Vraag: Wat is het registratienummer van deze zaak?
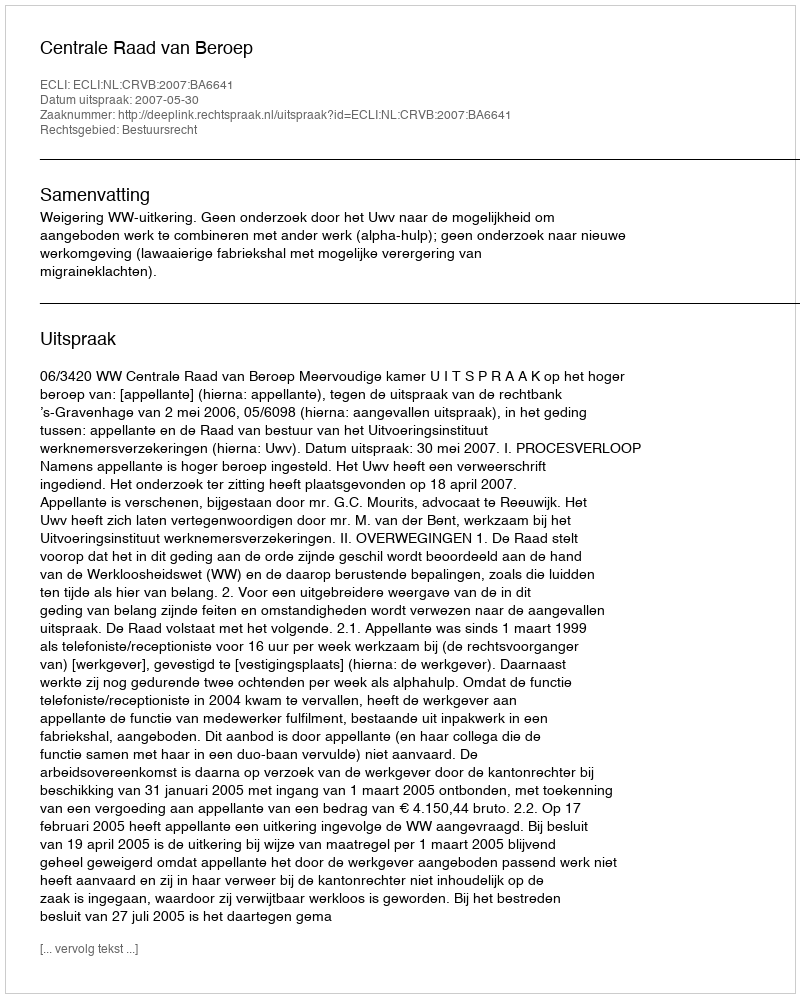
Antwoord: http://deeplink.rechtspraak.nl/uitspraak?id=ECLI:NL:CRVB:2007:BA6641